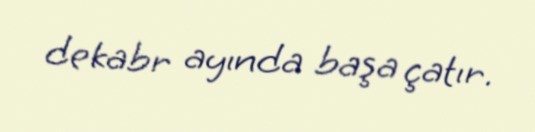
dekabr ayında başa çatır.